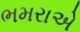
ભમરાએ